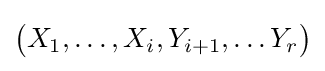
{\big (}X_{1},\dots ,X_{i},Y_{i+1},\dots Y_{r}{\big )}